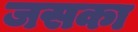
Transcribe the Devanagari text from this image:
जसका